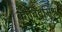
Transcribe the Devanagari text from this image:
कोविदमिश्र